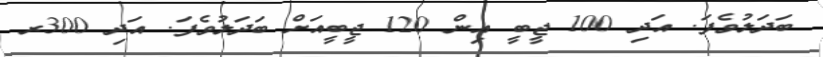
ބަދަލުވެފަ. އަދި 100 ޖީބީ އިން 120 ޖީބީއަށް ބަދަލުވެފަ. އަދި 300ރ